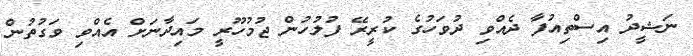
ނަޝީދު އިސްތިއުފާ ދެއްވި ދުވަހުގެ ކުރީރޭ ފުލުހުން ޖުމުހޫރީ މައިދާނަށް އެއްވި ވަގުތުން